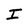
Character: I